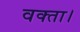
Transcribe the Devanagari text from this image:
वक्ता।